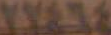
٢٧٤٦٤